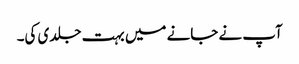
آپ نے جانے میں بہت جلدی کی۔